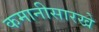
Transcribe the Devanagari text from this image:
कमानीसारखे